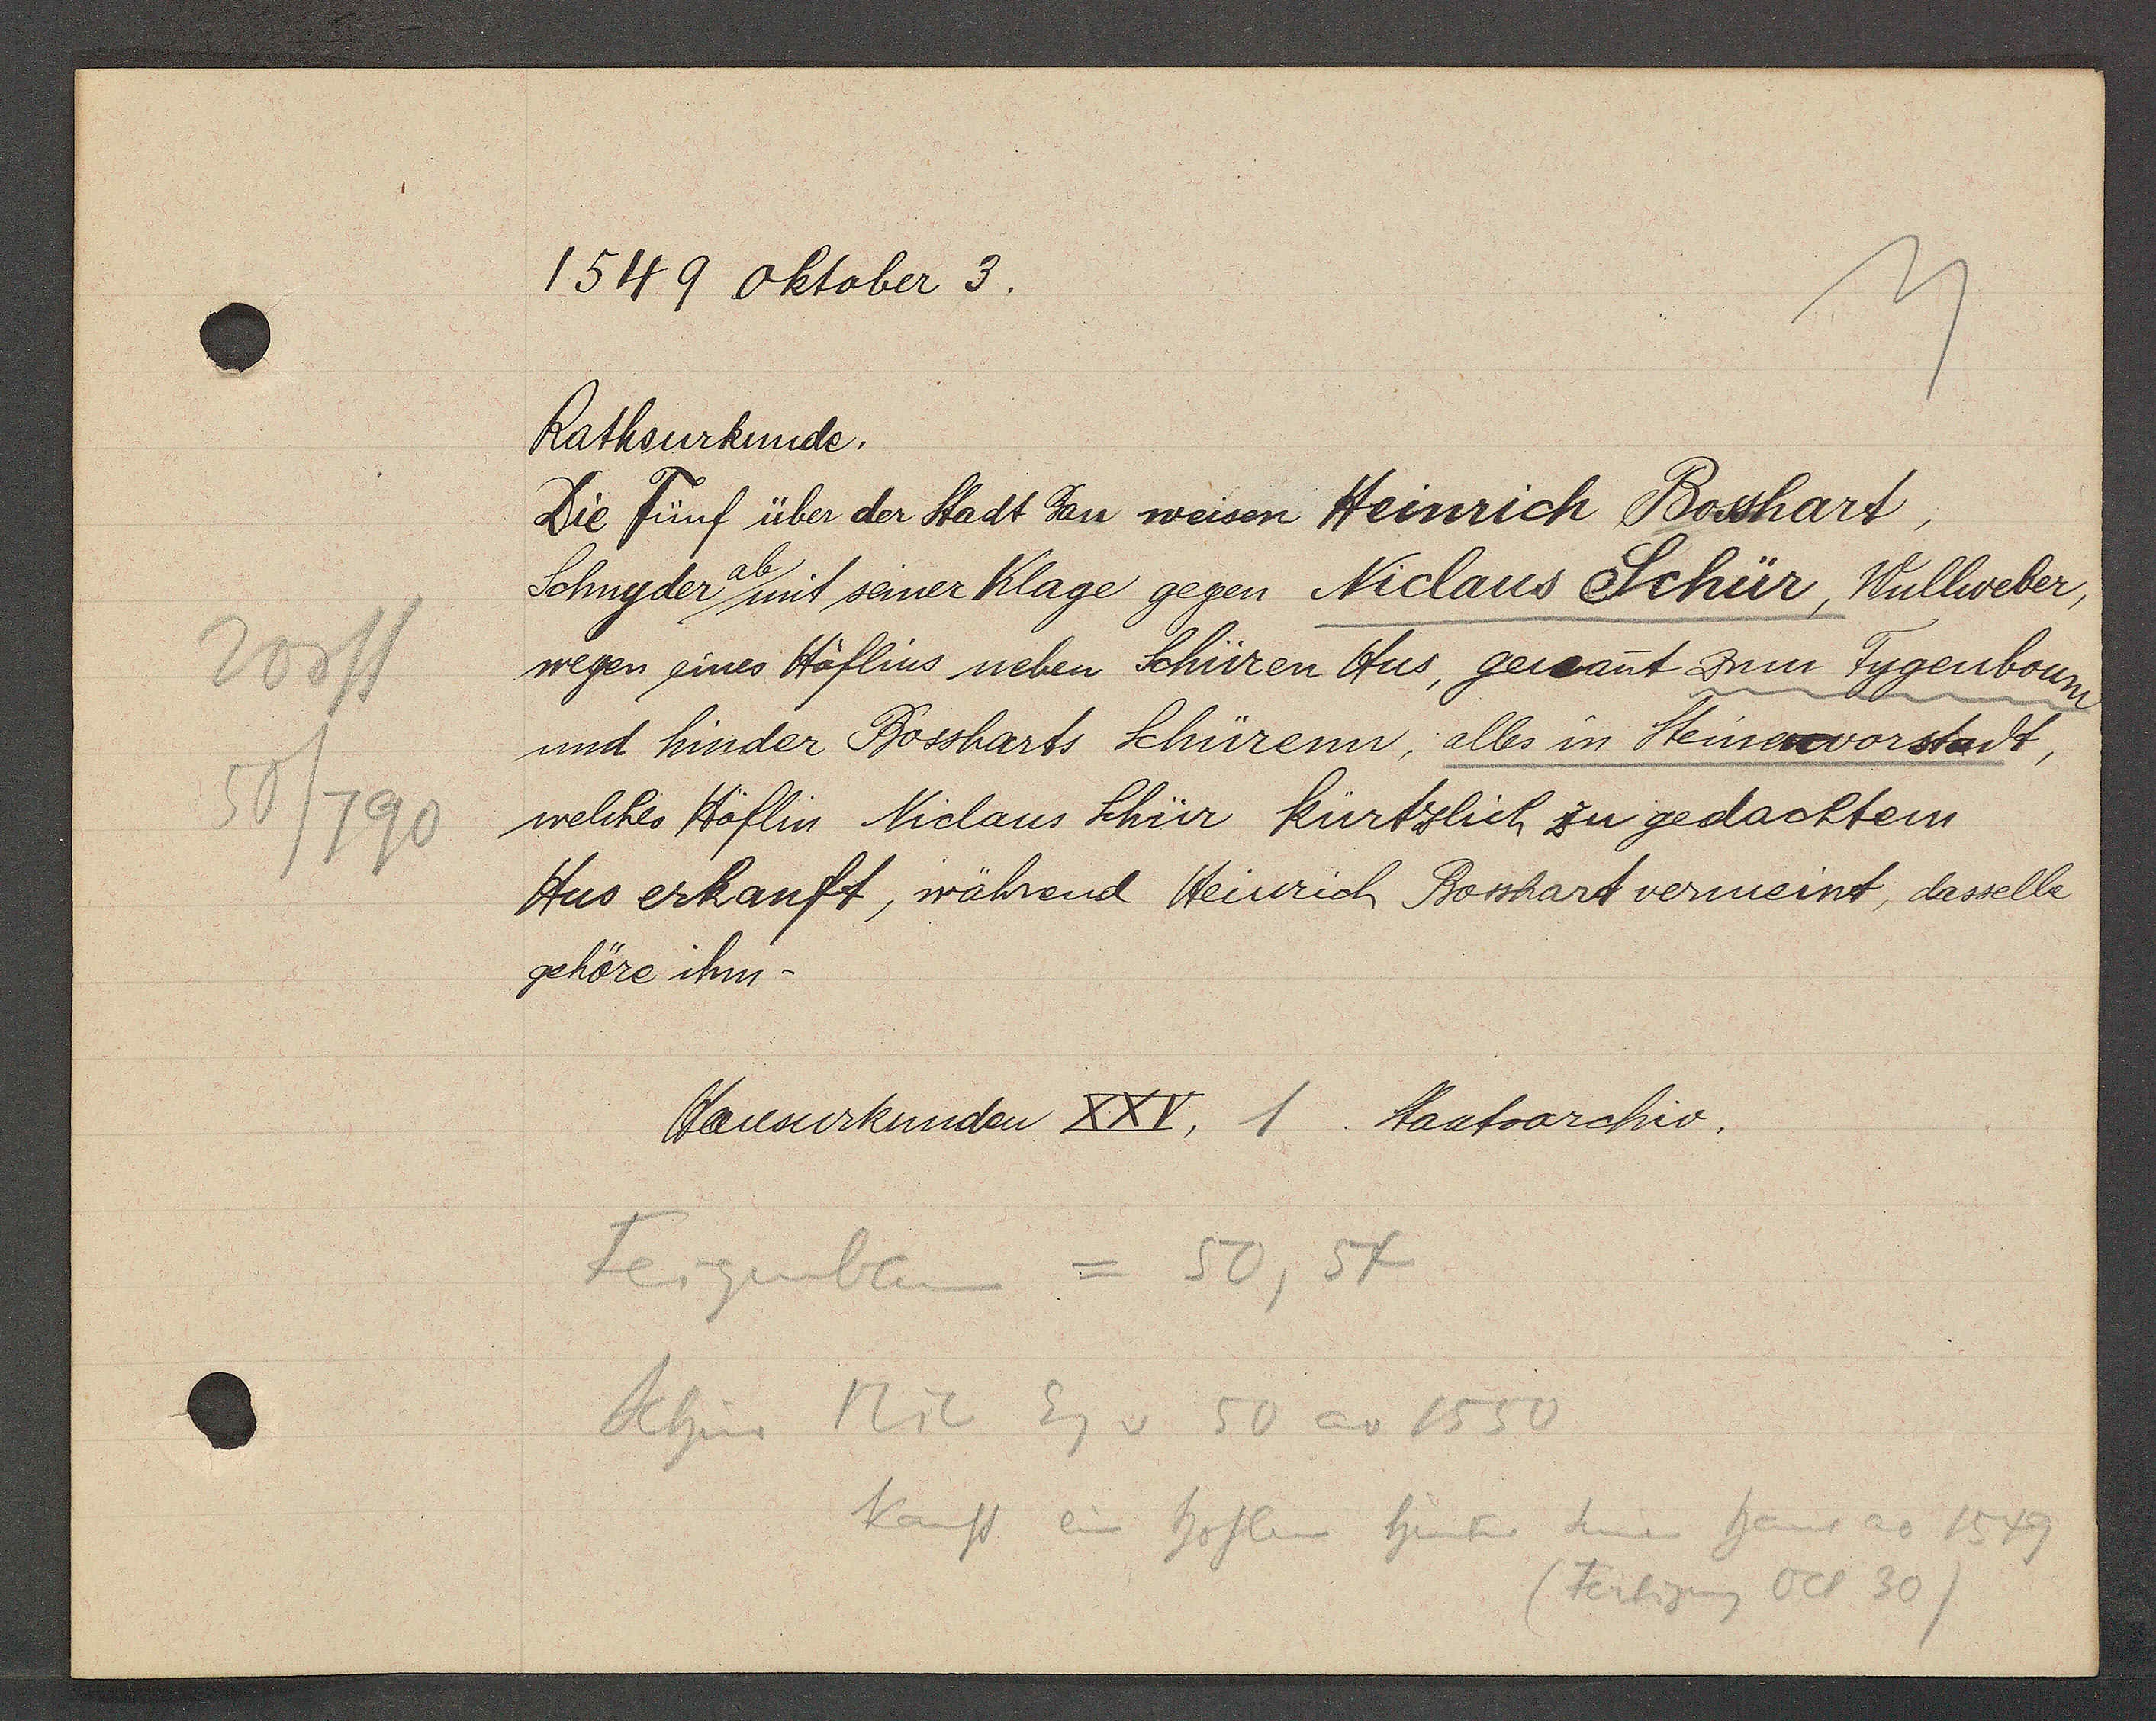
Transcript:
Vorst
50/790

1549 Oktober 3.

Rathsurkunde.
Die Fünf über der Stadt dan weisen Heinrich Bosshart,
Schnyder mit seiner Klage gegen Niclaus Schür, Wullweber,
wegen eines Höflins neben Schüren Hus, genant zum Fygenboum
und hinder Bossharts Schürenn, alles in Steinenvorstadt,
welches Höflin Niclaus Schür kürtzlich zu gedachten
Hus erkauft, während Heinrich Bosshart vermeint, dasselbe
gehöre ihm

Hausurkunden XXV, 1. Staatsarchiv.

Feigenberg = 50, 54
Schür Nic Eg v 50 ao 1550
kauft ein hoflin hinter seinem haus ao 1549
(Fertigung Oct 30)